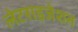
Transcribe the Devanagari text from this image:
लेटराइजेशन